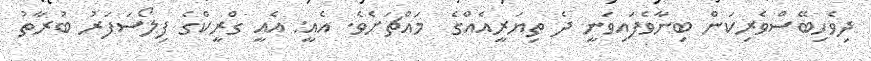
ދިވެހިބޭސްވެރިކަން ބިނާވެފައިވަނީ ދެ ތިޔަރީއެއްގެ  މައްޗަށެވެ. އެއީ: އެއީ ގްރީކްގެ ފިލޯސަފަރު ބުރާތު